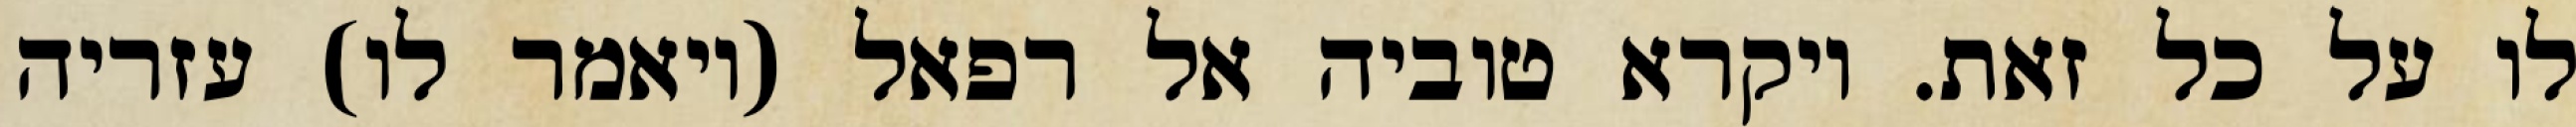
לו על כל זאת. ויקרא טוביה אל רפאל (ויאמר לו) עזריה